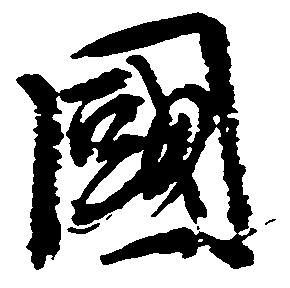
国